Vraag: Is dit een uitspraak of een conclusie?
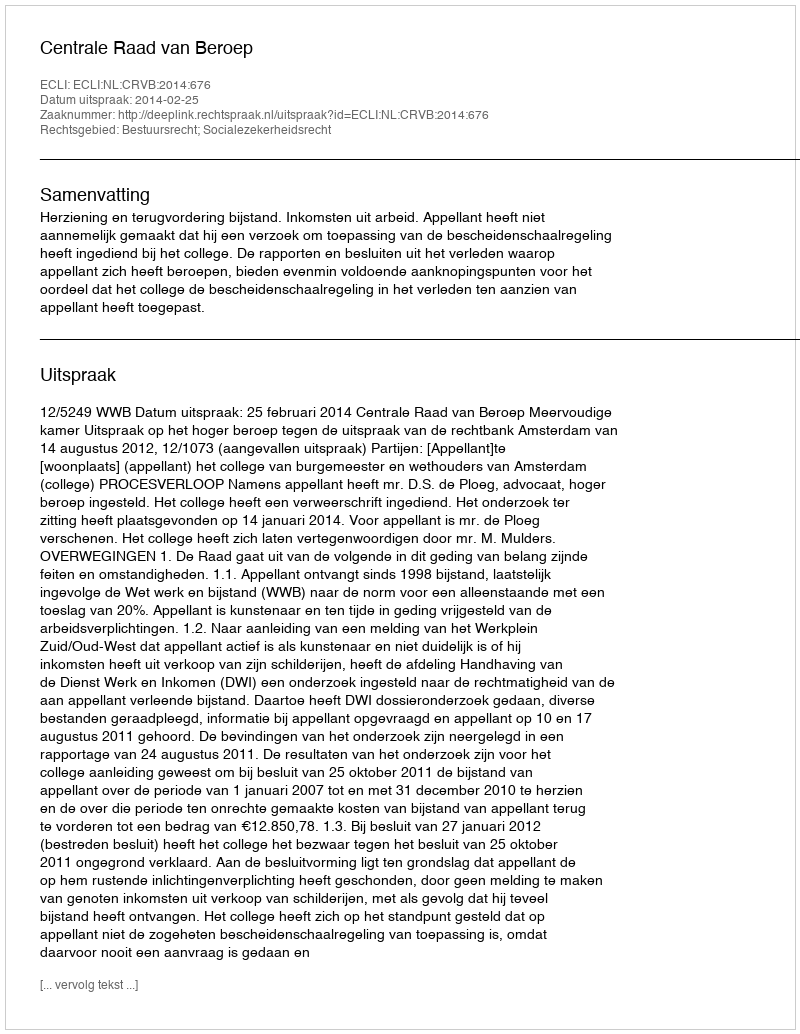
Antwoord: Uitspraak